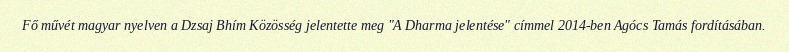
Fő művét magyar nyelven a Dzsaj Bhím Közösség jelentette meg "A Dharma jelentése" címmel 2014-ben Agócs Tamás fordításában.